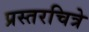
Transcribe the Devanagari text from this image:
प्रस्तरचित्रे